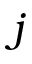
j